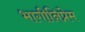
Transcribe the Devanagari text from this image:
भागीनिप्रेम